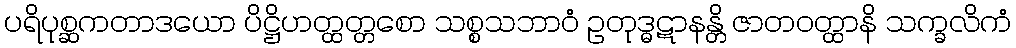
ပရိပုစ္ဆကတာဒယော ပိဋ္ဌိဟတ္ထတ္တစော သစ္စသဘာဝံ ဥတုဒ္ဓဋာနန္တိ ဇာတဝတ္ထာနိ သက္ခလိကံ